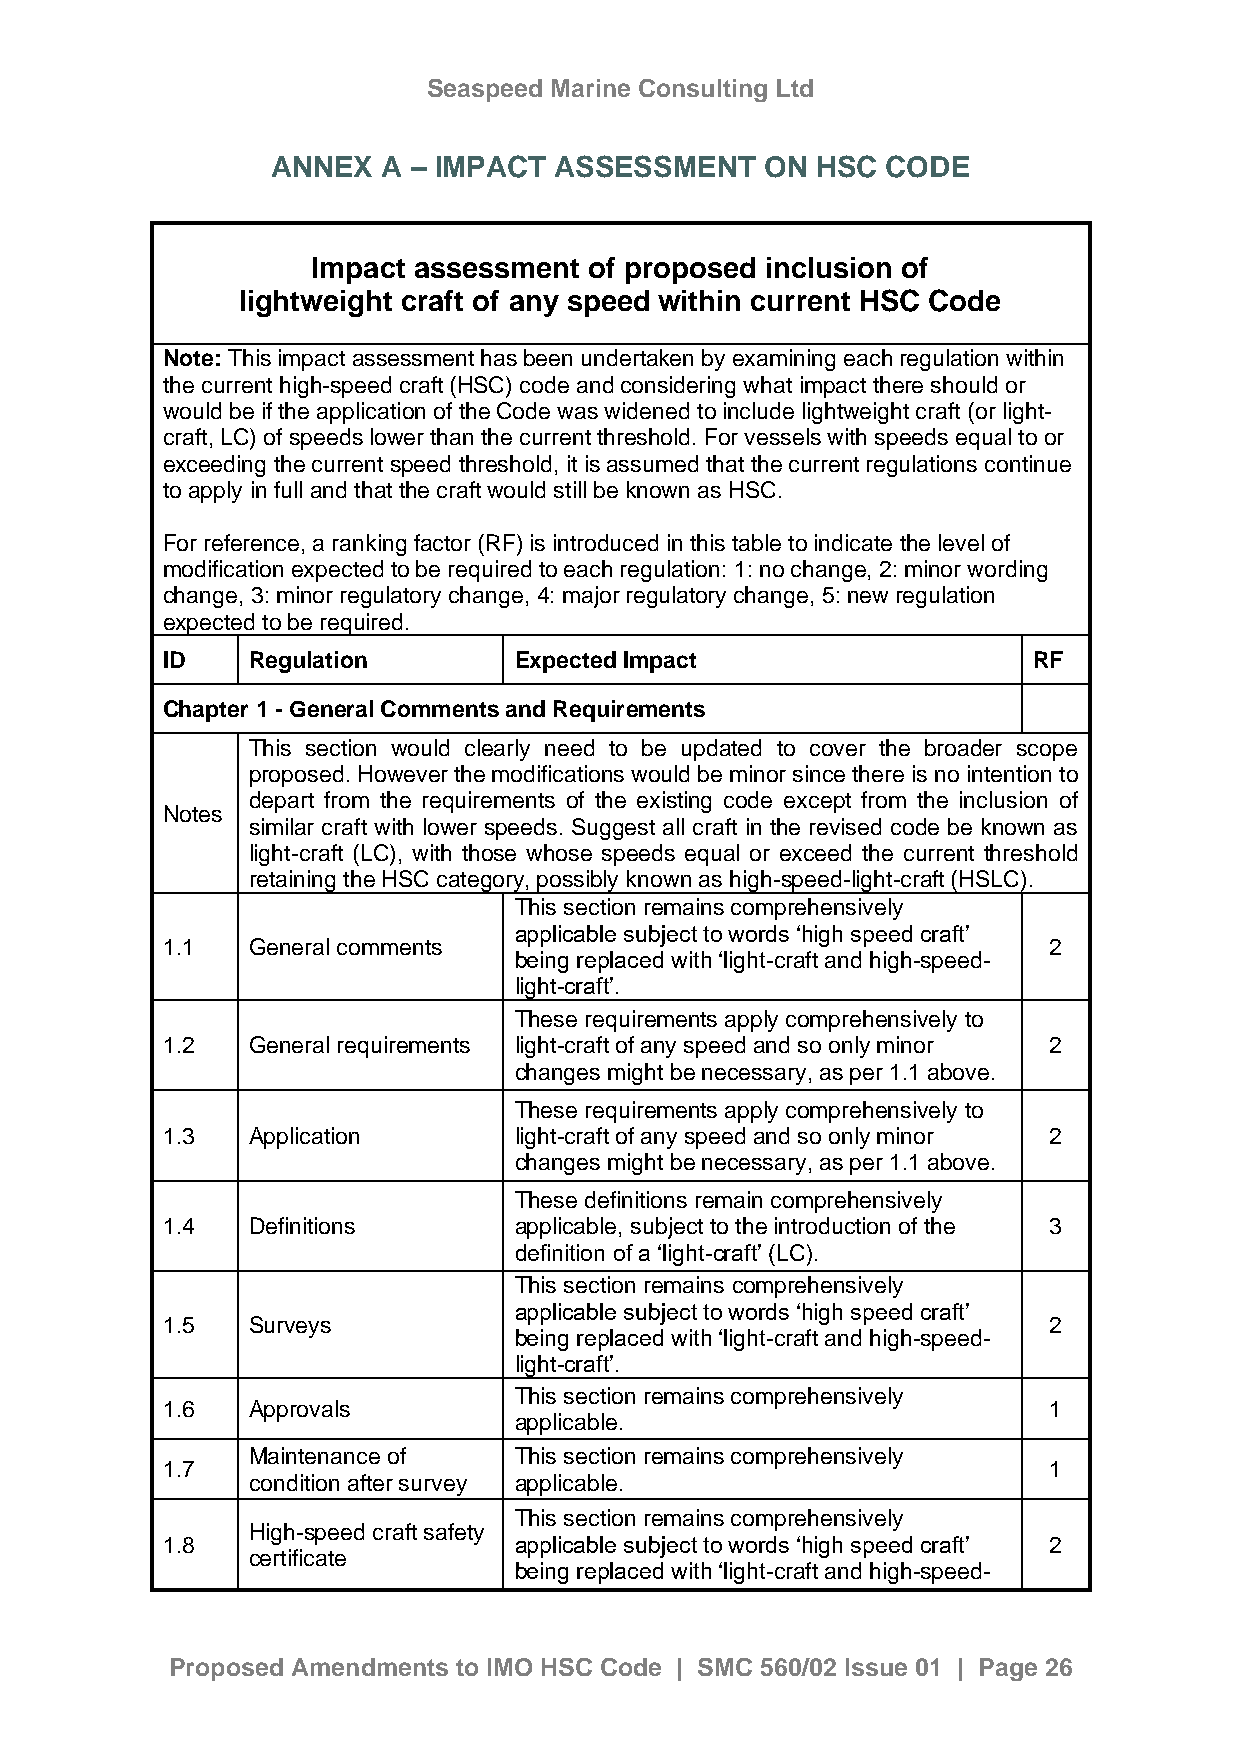
Seaspeed Marine Consulting Ltd
 ANNEX  A – IMPACT  ASSESSMENT    ON HSC  CODE
 Impact assessment of proposed inclusion of
 lightweight craft of any speed within current HSC Code
 Note: This impact assessment has been undertaken by examining each regulation within
 the current high-speed craft (HSC) code and considering what impact there should or
 would be if the application of the Code was widened to include lightweight craft (or light-
 craft, LC) of speeds lower than the current threshold. For vessels with speeds equal to or
 exceeding the current speed threshold, it is assumed that the current regulations continue
 to apply in full and that the craft would still be known as HSC.
 For reference, a ranking factor (RF) is introduced in this table to indicate the level of
 modification expected to be required to each regulation: 1: no change, 2: minor wording
 change, 3: minor regulatory change, 4: major regulatory change, 5: new regulation
 expected to be required.
 ID   Regulation        Expected Impact                   RF
 Chapter 1 - General Comments and Requirements
 This section would clearly need to be updated to cover the broader scope
 proposed. However the modifications would be minor since there is no intention to
 depart from the requirements of the existing code except from the inclusion of
 Notes
 similar craft with lower speeds. Suggest all craft in the revised code be known as
 light-craft (LC), with those whose speeds equal or exceed the current threshold
 retaining the HSC category, possibly known as high-speed-light-craft (HSLC).
 This section remains comprehensively
 applicable subject to words ‘high speed craft’
 1.1  General comments                                     2
 being replaced with ‘light-craft and high-speed-
 light-craft’.
 These requirements apply comprehensively to
 1.2  General requirements light-craft of any speed and so only minor 2
 changes might be necessary, as per 1.1 above.
 These requirements apply comprehensively to
 1.3  Application       light-craft of any speed and so only minor 2
 changes might be necessary, as per 1.1 above.
 These definitions remain comprehensively
 1.4  Definitions       applicable, subject to the introduction of the 3
 definition of a ‘light-craft’ (LC).
 This section remains comprehensively
 applicable subject to words ‘high speed craft’
 1.5  Surveys                                              2
 being replaced with ‘light-craft and high-speed-
 light-craft’.
 This section remains comprehensively
 1.6  Approvals                                            1
 applicable.
 Maintenance of    This section remains comprehensively
 1.7                                                       1
 condition after survey applicable.
 This section remains comprehensively
 High-speed craft safety
 1.8                    applicable subject to words ‘high speed craft’ 2
 certificate
 being replaced with ‘light-craft and high-speed-
 Proposed Amendments to IMO HSC Code | SMC 560/02 Issue 01 | Page 26